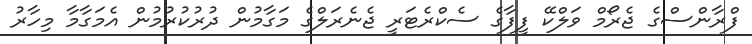
ފްރާންސްގެ ޖެރޯމް ވަލްކޭ ފީފާގެ ސެކްރެޓަރީ ޖެނެރަލްގެ މަގާމުން ދުރުކުރުމުން އެމަގާމާ މިހާރު